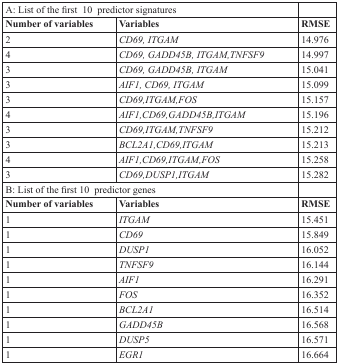
| <COLSPAN=2> A: List of the first 10 predictor signatures |  |
 | Number of variables | Variables | RMSE |
 | --- | --- | --- |
 | 2 | CD69, ITGAM | 14.976 |
 | 4 | CD69, GADD45B, ITGAM,TNFSF9 | 14.997 |
 | 3 | CD69, GADD45B, ITGAM | 15.041 |
 | 3 | AIF1, CD69, ITGAM | 15.099 |
 | 3 | CD69,ITGAM,FOS | 15.157 |
 | 4 | AIF1,CD69,GADD45B,ITGAM | 15.196 |
 | 3 | CD69,ITGAM,TNFSF9 | 15.212 |
 | 3 | BCL2A1,CD69,ITGAM | 15.213 |
 | 4 | AIF1,CD69,ITGAM,FOS | 15.258 |
 | 3 | CD69,DUSP1,ITGAM | 15.282 |
 | <COLSPAN=2> B: List of the first 10 predictor genes |  |
 | Number of variables | Variables | RMSE |
 | 1 | ITGAM | 15.451 |
 | 1 | CD69 | 15.849 |
 | 1 | DUSP1 | 16.052 |
 | 1 | TNFSF9 | 16.144 |
 | 1 | AIF1 | 16.291 |
 | 1 | FOS | 16.352 |
 | 1 | BCL2A1 | 16.514 |
 | 1 | GADD45B | 16.568 |
 | 1 | DUSP5 | 16.571 |
 | 1 | EGR1 | 16.664 |